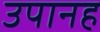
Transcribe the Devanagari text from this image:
उपानह